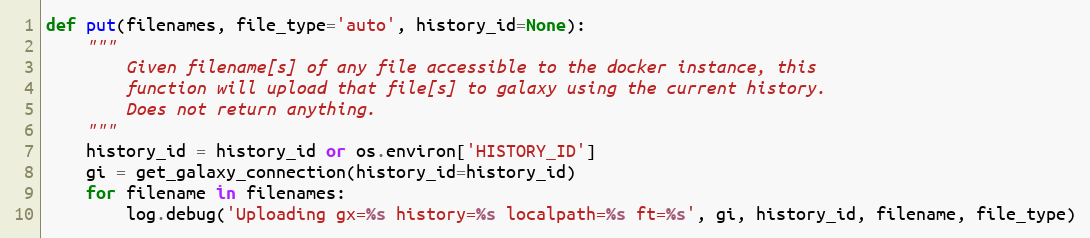
Language: Python
def put(filenames, file_type='auto', history_id=None):
    """
        Given filename[s] of any file accessible to the docker instance, this
        function will upload that file[s] to galaxy using the current history.
        Does not return anything.
    """
    history_id = history_id or os.environ['HISTORY_ID']
    gi = get_galaxy_connection(history_id=history_id)
    for filename in filenames:
        log.debug('Uploading gx=%s history=%s localpath=%s ft=%s', gi, history_id, filename, file_type)